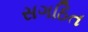
સગઠિત